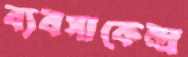
ব্যবসাকেন্দ্র